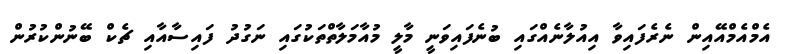
އެމްއެމްއޭއިން ނެރެފައިވާ އިއުލާނެއްގައި ބުނެފައިވަނީ މާލީ މުއާމަލާތްތަކުގައި ނަގުދު ފައިސާއާއި ޗެކް ބޭނުންކުރުން